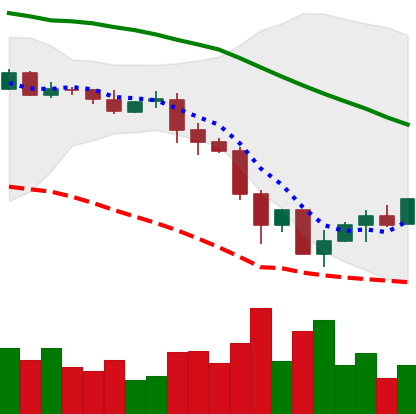
Ticker: EOS-USD
Chart end date: 2019-11-29
Forward return: -5.322%
Label: down_5_7